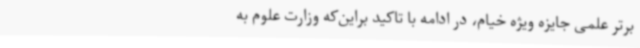
برتر علمی جایزه ویژه خیام، در ادامه با تاکید براین‌که وزارت علوم به